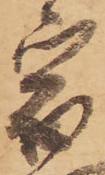
宿